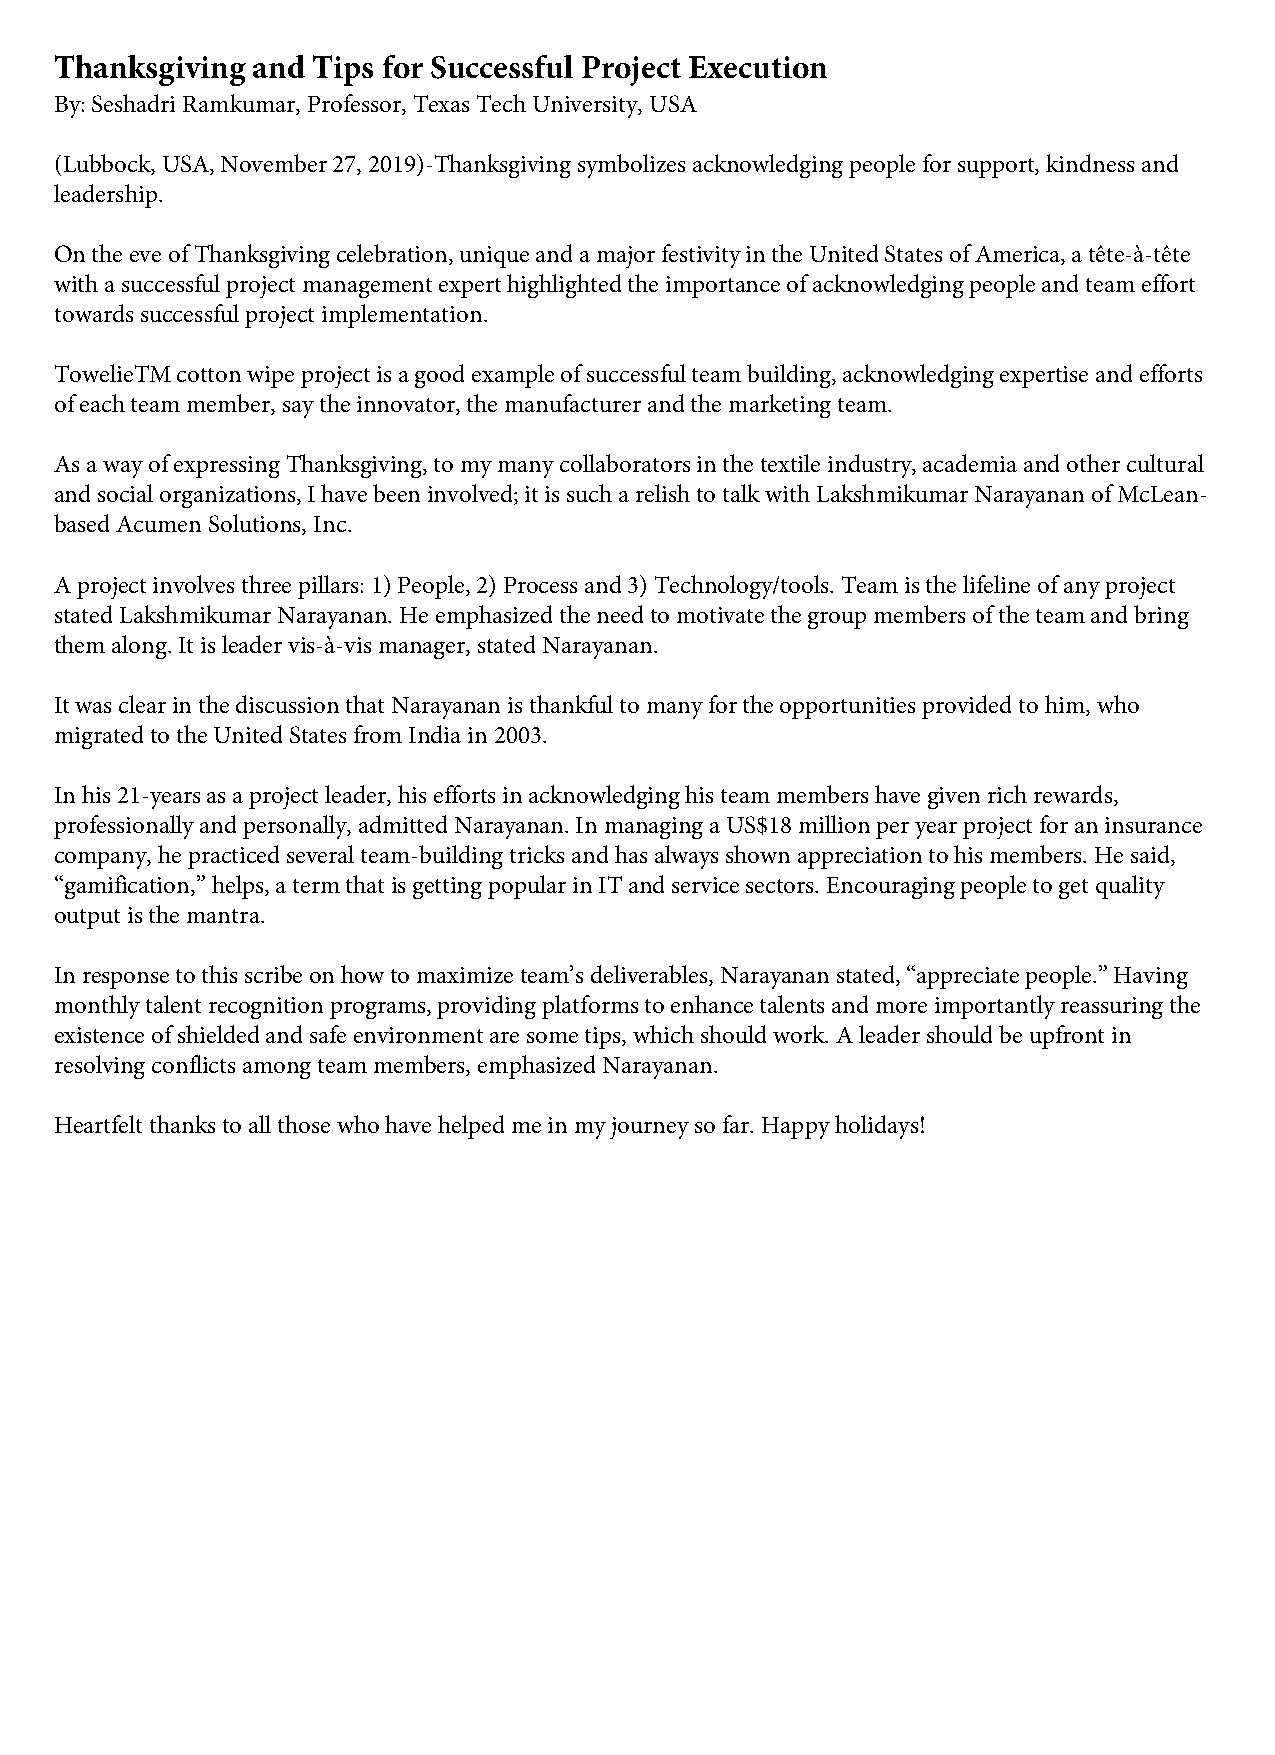
Thanksgiving and Tips for Successful Project Execution
 By: Seshadri Ramkumar, Professor, Texas Tech University, USA
 (Lubbock, USA, November 27, 2019)-Thanksgiving symbolizes acknowledging people for support, kindness and
 leadership.
 On the eve of Thanksgiving celebration, unique and a major festivity in the United States of America, a tête-à-tête
 with a successful project management expert highlighted the importance of acknowledging people and team effort
 towards successful project implementation.
 TowelieTM cotton wipe project is a good example of successful team building, acknowledging expertise and efforts
 of each team member, say the innovator, the manufacturer and the marketing team.
 As a way of expressing Thanksgiving, to my many collaborators in the textile industry, academia and other cultural
 and social organizations, I have been involved; it is such a relish to talk with Lakshmikumar Narayanan of McLean-
 based Acumen Solutions, Inc.
 A project involves three pillars: 1) People, 2) Process and 3) Technology/tools. Team is the lifeline of any project
 stated Lakshmikumar Narayanan. He emphasized the need to motivate the group members of the team and bring
 them along. It is leader vis-à-vis manager, stated Narayanan.
 It was clear in the discussion that Narayanan is thankful to many for the opportunities provided to him, who
 migrated to the United States from India in 2003.
 In his 21-years as a project leader, his efforts in acknowledging his team members have given rich rewards,
 professionally and personally, admitted Narayanan. In managing a US$18 million per year project for an insurance
 company, he practiced several team-building tricks and has always shown appreciation to his members. He said,
 “gamification,” helps, a term that is getting popular in IT and service sectors. Encouraging people to get quality
 output is the mantra.
 In response to this scribe on how to maximize team’s deliverables, Narayanan stated, “appreciate people.” Having
 monthly talent recognition programs, providing platforms to enhance talents and more importantly reassuring the
 existence of shielded and safe environment are some tips, which should work. A leader should be upfront in
 resolving conflicts among team members, emphasized Narayanan.
 Heartfelt thanks to all those who have helped me in my journey so far. Happy holidays!